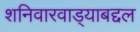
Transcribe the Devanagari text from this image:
शनिवारवाड्याबद्दल